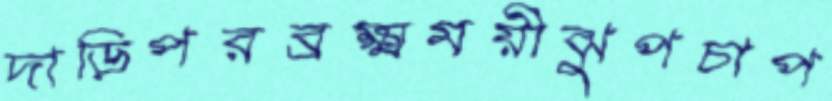
দাড়িপরব্রক্ষ্মময়ীঝুপচাপ